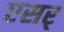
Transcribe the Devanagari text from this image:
एसर्